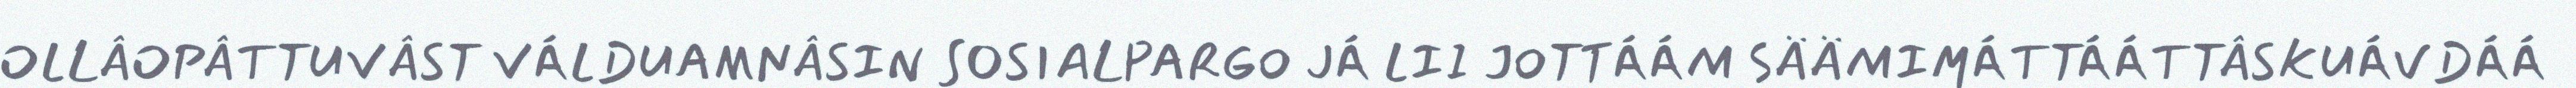
OLLÂOPÂTTUVÂST VÁLDUAMNÂSIN SOSIALPARGO JÁ LII JOTTÁÁM SÄÄMIMÁTTÁÁTTÂSKUÁVDÁÁ